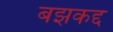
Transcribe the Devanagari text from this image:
बझकद्द